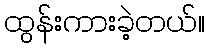
ထွန်းကားခဲ့တယ်။